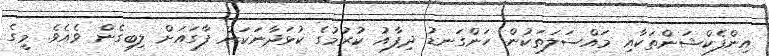
އިންފެކްޝަންތަކާއި މައްސަލަތަކުން ހަންގަނޑު ދިފާއު ކުރުމުގެ ކުޅަދާނަކަން ފާގައަށް ލިބިގެން ވެއެވެ. މީގެ